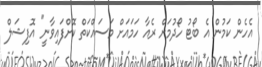
އެހެން ކަމުން އެ ބޯޓު ހޯދުމަށް ރެއާ ހަމައަށް މަސައްކަތް ކޮށްފައިވާނީ" އޮފިޝަލް